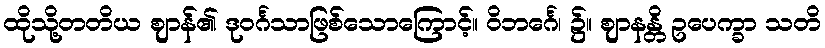
ထိုသို့တတိယ ဈာန်၏ ဒုဝင်္ဂသာဖြစ်သောကြောင့်။ ဝိဘင်္ဂေ၊ ၌။ ဈာနန္တိ ဥပေက္ခာ သတိ